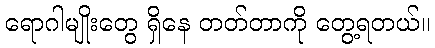
ရောဂါမျိုးတွေ ရှိနေ တတ်တာကို တွေ့ရတယ်။